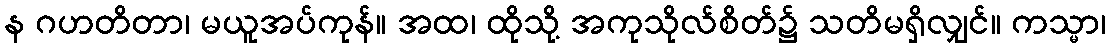
န ဂဟတိတာ၊ မယူအပ်ကုန်။ အထ၊ ထိုသို့ အကုသိုလ်စိတ်၌ သတိမရှိလျှင်။ ကသ္မာ၊